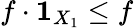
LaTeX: f\cdot{\mathbf{1}}_{X_{1}}\leq f